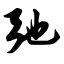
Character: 弛